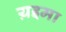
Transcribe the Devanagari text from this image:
य़इमा